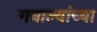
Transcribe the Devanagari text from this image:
गबाल्यांच्या